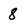
Character: 8